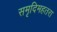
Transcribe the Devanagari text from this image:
समृदिमहतरा